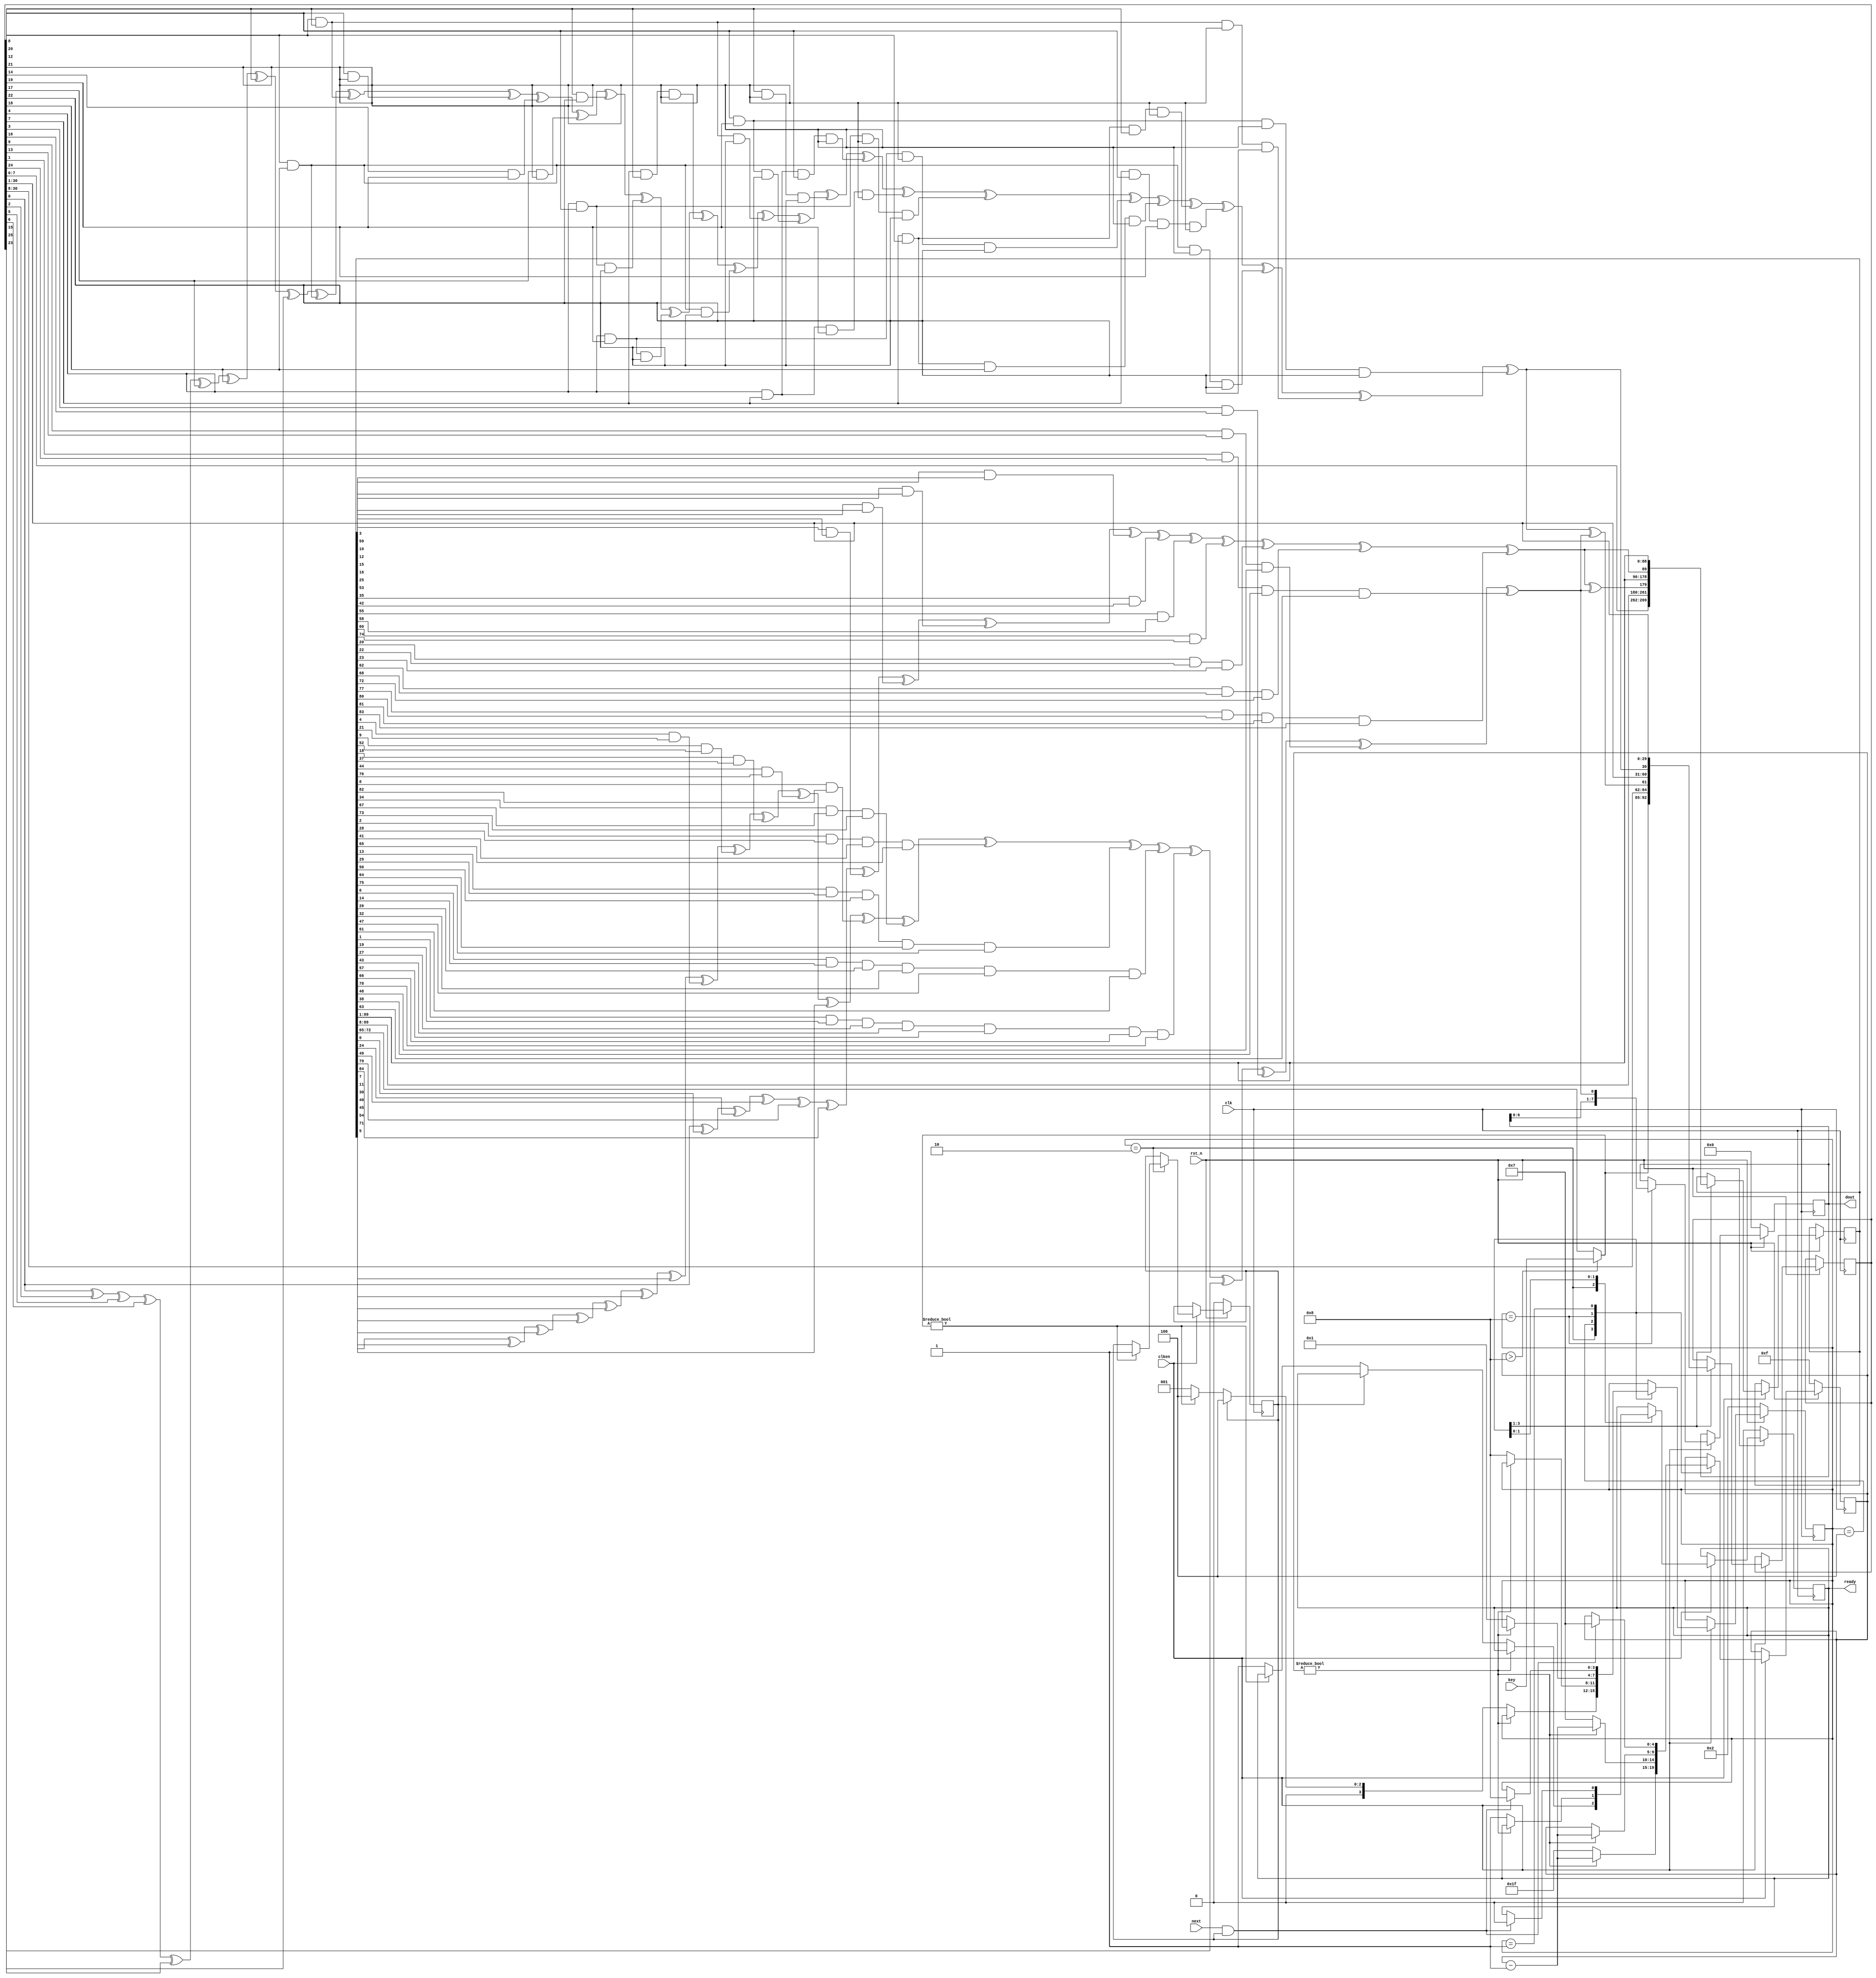
// A trimmed version of the LIZARD stream cipher
// refer to https://eprint.iacr.org/2016/926.pdf
// The key length is 56 bits for export control reasons.

// Key loading is weaker than with a LIZARD implementation, so you need random keys.
// The key is loaded immediately after reset. Use clken to sync with the key data.
// If the key is all zeros, dout will stay at 8'd0 which disables decryption.
// This is not a problem: loading a 0 key just makes decryption not work.
// Matching "key.c" uses the same algorithm in C.

// It takes 8 cycles to get the next byte unless the key is 0, in which `dout`
// stays stuck at 0 and `ready` is always set. With a 0 key, plaintext can stream faster.

module gecko
#(
  parameter KEY_LENGTH = 7      // in bytes
)(
  input wire clk,
  input wire rst_n,             // async reset, active low
  input wire clken,             // clock enable
  output reg ready,             // byte is ready
  input wire [7:0] key,         // randomized key byte
  input wire next,              // trigger next byte
  output reg [7:0] dout         // PRNG output
);

  reg [30:0] s;                 // NFSR1
  reg [89:0] b;                 // NFSR2

  wire x = s[0] ^ s[2] ^ s[5] ^ s[6] ^ s[15] ^ s[17] ^ s[18] ^ s[20] ^ s[25]  // x is next s[30]
         ^ (s[8] & s[18]) ^ (s[8] & s[20]) ^ (s[12] & s[21]) ^ (s[14] & s[19]) ^ (s[17] & s[21]) ^ (s[20] & s[22])
         ^ (s[4] & s[12] & s[22])  ^  (s[4] & s[19] & s[22]) ^  (s[7] & s[20] & s[21])  ^  (s[8] & s[18] & s[22])
         ^ (s[8] & s[20] & s[22])  ^ (s[12] & s[19] & s[22]) ^ (s[20] & s[21] & s[22]) ^ (s[4] & s[7] & s[12] & s[21])
         ^ (s[4] & s[7]  & s[19] & s[21])  ^  (s[4] & s[12] & s[21] & s[22])  ^  (s[4] & s[19] & s[21] & s[22])
         ^ (s[7] & s[8]  & s[18] & s[21])  ^  (s[7] & s[8]  & s[20] & s[21])  ^  (s[7] & s[12] & s[19] & s[21])
         ^ (s[8] & s[18] & s[21] & s[22])  ^  (s[8] & s[20] & s[21] & s[22])  ^  (s[12] & s[19] & s[21] & s[22]);

  wire y = s[0] ^ b[0] ^ b[24] ^ b[49] ^ b[79] ^ b[84] ^ (b[3] & b[59]) ^ (b[10] & b[12])  // y is next b[89]
         ^ (b[15] & b[16]) ^ (b[25] & b[53]) ^ (b[35] & b[42])  ^  (b[55] & b[58]) ^ (b[60] & b[74])
         ^ (b[20] & b[22] & b[23])  ^  (b[62] & b[68] & b[72])  ^  (b[77] & b[80] & b[81] & b[83]);

  wire a = b[7] ^ b[11] ^ b[30] ^ b[40] ^ b[45] ^ b[54] ^ b[71]  // a is output bit
         ^ (b[4] & b[21])  ^  (b[9] & b[52])  ^  (b[18] & b[37])  ^  (b[44] & b[76])
         ^ b[5] ^ (b[8] & b[82])  ^  (b[34] & b[67] & b[73])  ^  (b[2] & b[28] & b[41] & b[65])
         ^ (b[13] & b[29] & b[50] & b[64] & b[75])  ^  (b[6] & b[14] & b[26] & b[32] & b[47] & b[61])
         ^ (b[1] & b[19] & b[27] & b[43] & b[57] & b[66] & b[78])
         ^ s[23] ^ (s[3] & s[16])  ^  (s[9] & s[13] & b[48])  ^  (s[1] & s[24] & b[38] & b[63]);

  reg [3:0] state;
  localparam WAIT    = 4'b0001;
  localparam LOAD    = 4'b0010;
  localparam DIFFUSE = 4'b0100;
  localparam RUN     = 4'b1000;
  reg [4:0] count;

  // Recycle the key after KEY_LENGTH bytes
  wire recycle = (count > (15 - KEY_LENGTH));
  wire [7:0] inkey = (recycle) ? key : b[(16 - KEY_LENGTH)*8 : (16 - KEY_LENGTH)*8 - 7];
  reg keyed;                    // key detected

  always @(posedge clk)
    if (!rst_n) begin           // synchronous reset
      state <= LOAD;  keyed <= 1'b0;
      ready <= 1'b0;  dout <= 8'd0;
      count <= 5'd15;  // s <= 31'd0;  b <= 90'd0;
    end else if (clken) begin
      case (state)
      LOAD:                     // load the key into s and b
        begin
          s <= {inkey, s[30:8]};
          b <= {s[7:0], b[89:8]};
          if (count)            // after KEY_LENGTH bits, the key is looped
            count <= count - 1'b1; // to fill out the internal state
          else begin
            count <= 5'd31;
            if (keyed)
              state <= DIFFUSE;
            else if (inkey)
              state <= DIFFUSE;
            else begin          // zero key detected, nothing to do
              state <= WAIT;
              ready <= 1'b1;
            end
          end
          if (inkey)            // detect non-zero key
            keyed <= 1'b1;
        end
      DIFFUSE:                  // diffuse the key using 32 iterations
        begin
          s <= {x ^ a, s[30:1]};
          b <= {y ^ a, b[89:1]};
          if (count)
            count <= count - 1'b1;
          else begin
            state <= RUN;
            count <= 5'd7;
          end
        end
      RUN:                      // one pseudorandom bit per clock
        begin
          s <= {x, s[30:1]};
          b <= {y, b[89:1]};
          dout <= {dout[6:0], a};
          if (count)
            count <= count - 1'b1;
          else begin
            state <= WAIT;
            ready <= 1'b1;
          end
        end
      WAIT:                     // wait for the next byte trigger
        if (next & keyed) begin
          count <= 5'd7;
          ready <= 1'b0;
          state <= RUN;
        end
      endcase
    end

endmodule